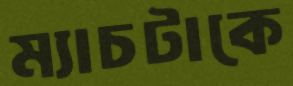
ম্যাচটাকে